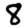
Digit: 8